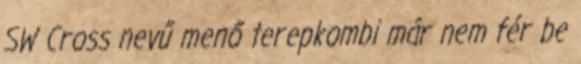
SW Cross nevű menő terepkombi már nem fér be